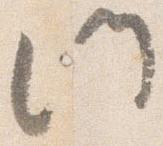
門